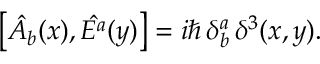
\left[ \hat { A } _ { b } ( x ) , \hat { E ^ { a } } ( y ) \right] = i \hbar \, \delta _ { b } ^ { a } \, { \delta } ^ { 3 } ( x , y ) .